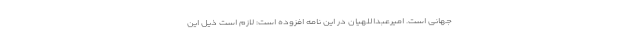
جهانی است. امیرعبداللهیان در این نامه افزوده است: لازم است ذیل این